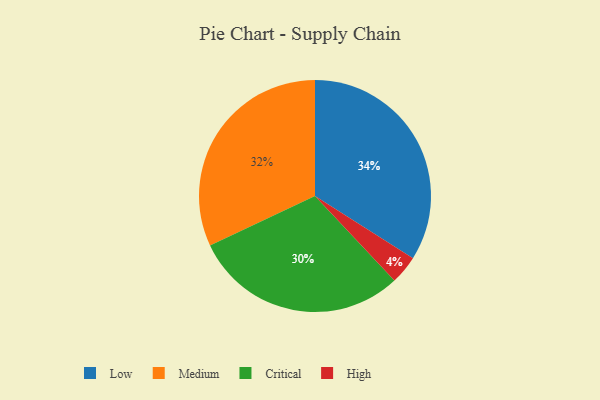
{"axis": {"x": "Category", "y": "Percentage"}, "legend": ["Critical", "High", "Low", "Medium"], "data": [{"x": "Medium", "y": 32, "type": "Medium"}, {"x": "High", "y": 4, "type": "High"}, {"x": "Low", "y": 34, "type": "Low"}, {"x": "Critical", "y": 30, "type": "Critical"}]}